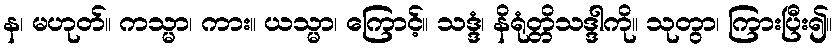
န၊ မဟုတ်။ ကသ္မာ၊ ကား။ ယသ္မာ၊ ကြောင့်။ သဒ္ဒံ၊ နိရုံတ္တိသဒ္ဒါကို။ သုတွာ၊ ကြားပြီး၍။